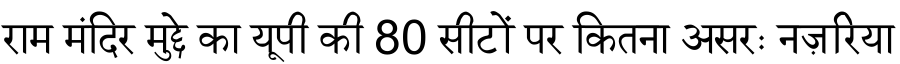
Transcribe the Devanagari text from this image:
राम मंदिर मुद्दे का यूपी की 80 सीटों पर कितना असरः नज़रिया